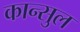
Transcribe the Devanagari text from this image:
कान्सुल